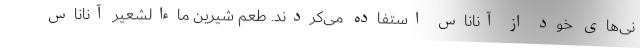
نی‌های خود از آناناس استفاده می‌کردند. طعم شیرین ماءالشعیر آناناس